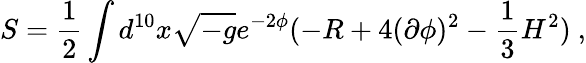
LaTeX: S=\frac{1}{2}\int d^{10}x\sqrt{-g}e^{-2\phi}(-R+4(\partial\phi)^{2}-\frac{1}{3}H^{2})~,